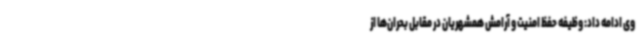
وی ادامه داد: وظیفه حفظ امنیت و آرامش همشهریان در مقابل بحران‌ها از